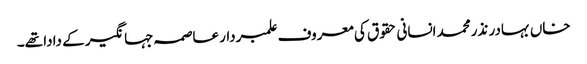
خاں بہادر نذرمحمد انسانی حقوق کی معروف علمبردار عاصمہ جہانگیر کے دادا تھے۔